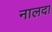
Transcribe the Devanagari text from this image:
नालदा